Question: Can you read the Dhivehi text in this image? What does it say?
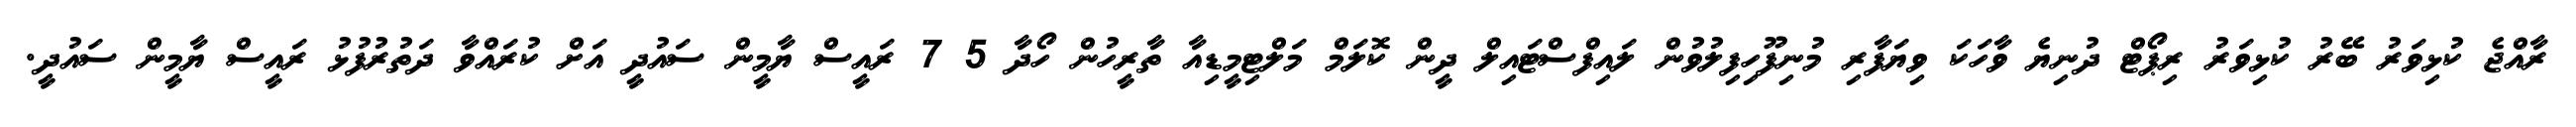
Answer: ރާއްޖެ ކުޅިވަރު ބޭރު ކުޅިވަރު ރިޕޯޓް ދުނިޔެ ވާހަކަ ވިޔަފާރި މުނިފޫހިފިލުވުން ލައިފްސްޓައިލް ދީން ކޮލަމް މަލްޓިމީޑިއާ ތާރީހުން ހޯދާ 5 7 ރައީސް ޔާމީން ސައުދީ އަށް ކުރައްވާ ދަތުރުފުޅު ރައީސް ޔާމީން ސައުދީ.